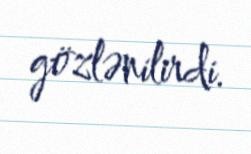
gözlənilirdi.